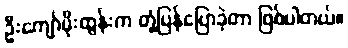
ဦးကျော်မိုးထွန်းက တုံ့ပြန်ပြောခဲ့တာ ဖြစ်ပါတယ်။